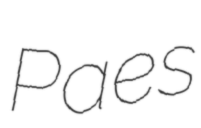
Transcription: Paes